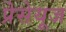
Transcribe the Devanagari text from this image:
प्रेसेयूज